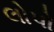
લોપો